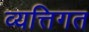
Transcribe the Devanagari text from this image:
व्यत्तिगत